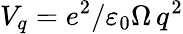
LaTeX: V_{q}=e^{2}/\varepsilon_{0}\Omega\, q^{2}